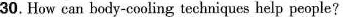
30. How can body-cooling techniques help people?